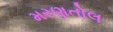
મરણતોલ